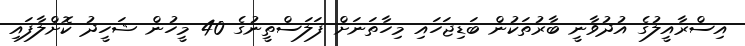
އިސްރާއީލުގެ އުދުވާނީ ބާރުތަކުން ބަޑިޖަހައި މިހާތަނަށް ފަލަސްތީނުގެ 40 މީހުން ޝަހީދު ކޮށްލާފައި